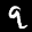
Label: 9